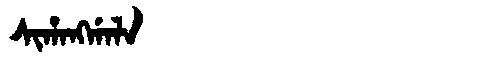
Manchu: ᠰᡳᡥᠠᠩᡤᠠᠯᠠ
Romanization: SIHANGGALA